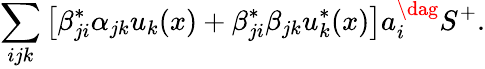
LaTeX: \sum_{ijk}\left[\beta_{ji}^{*}\alpha_{jk}u_{k}(x)+\beta_{ji}^{*}\beta_{jk}u_{k}^{*}(x)\right]a_{i}^{\dag}S^{+}.